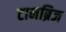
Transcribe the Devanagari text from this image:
टानब्रिज